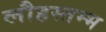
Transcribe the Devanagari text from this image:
लौहस्तम्भ